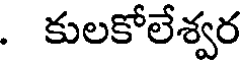
. కులకోలేశ్వర